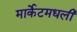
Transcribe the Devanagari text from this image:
मार्केटमधली